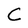
Character: C